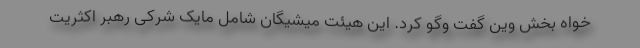
خواه بخش وین گفت وگو کرد. این هیئت میشیگان شامل مایک شرکی رهبر اکثریت